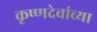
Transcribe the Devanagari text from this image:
कृष्णदेवांच्या